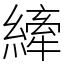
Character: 縴